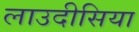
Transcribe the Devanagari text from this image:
लाउदीसिया